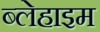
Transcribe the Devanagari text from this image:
ब्लेहाइम